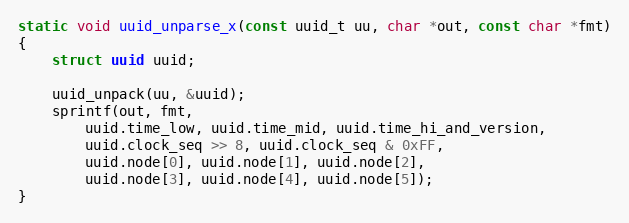
Language: C
static void uuid_unparse_x(const uuid_t uu, char *out, const char *fmt)
{
	struct uuid uuid;

	uuid_unpack(uu, &uuid);
	sprintf(out, fmt,
		uuid.time_low, uuid.time_mid, uuid.time_hi_and_version,
		uuid.clock_seq >> 8, uuid.clock_seq & 0xFF,
		uuid.node[0], uuid.node[1], uuid.node[2],
		uuid.node[3], uuid.node[4], uuid.node[5]);
}